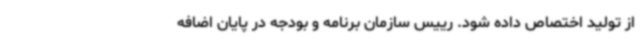
از تولید اختصاص داده شود. رییس سازمان برنامه و بودجه در پایان اضافه